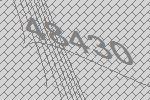
48430